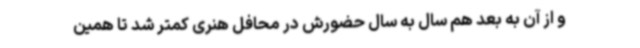
و از آن به بعد هم‌ سال به ‌سال حضورش در محافل هنری کمتر شد تا همین